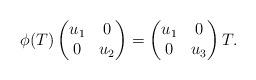
LaTeX: \begin{gather*}\phi(T)\begin{pmatrix}u_{1}&0\\0&u_{2}\end{pmatrix}=\begin{pmatrix}u_{1}&0\\0&u_{3}\end{pmatrix}T.\end{gather*}